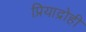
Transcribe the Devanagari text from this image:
प्रियाद्रोही